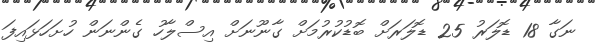
ނަގާ 18 ޑޮލަރު 25 ޑޮލަރަށް ބޮޑުކުރުމަށް ގާނޫނަށް އިސްލާހު ގެންނަން ހުށަހަޅައިފަ